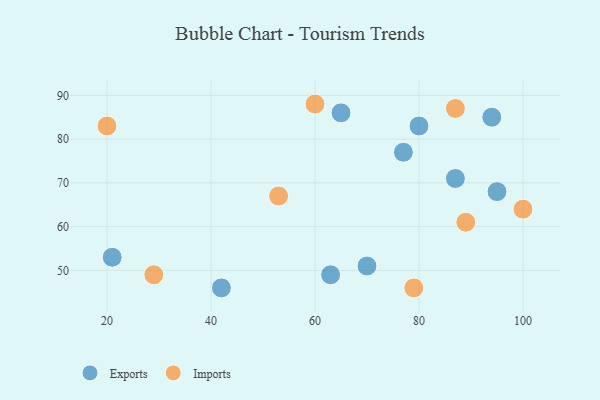
{"axis": {"x": "GDP", "y": "Life Expectancy"}, "legend": ["Exports", "Imports"], "data": [{"x": "42", "y": 46, "type": "Exports"}, {"x": "70", "y": 51, "type": "Exports"}, {"x": "65", "y": 86, "type": "Exports"}, {"x": "87", "y": 71, "type": "Exports"}, {"x": "77", "y": 77, "type": "Exports"}, {"x": "80", "y": 83, "type": "Exports"}, {"x": "94", "y": 85, "type": "Exports"}, {"x": "21", "y": 53, "type": "Exports"}, {"x": "95", "y": 68, "type": "Exports"}, {"x": "63", "y": 49, "type": "Exports"}, {"x": "60", "y": 88, "type": "Imports"}, {"x": "79", "y": 46, "type": "Imports"}, {"x": "87", "y": 87, "type": "Imports"}, {"x": "89", "y": 61, "type": "Imports"}, {"x": "53", "y": 67, "type": "Imports"}, {"x": "29", "y": 49, "type": "Imports"}, {"x": "100", "y": 64, "type": "Imports"}, {"x": "20", "y": 83, "type": "Imports"}]}